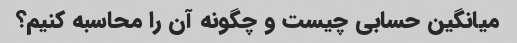
میانگین حسابی چیست و چگونه آن را محاسبه کنیم؟